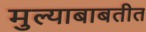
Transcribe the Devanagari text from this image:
मुल्याबाबतीत